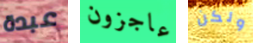
عبدة عاجزون ولكن